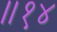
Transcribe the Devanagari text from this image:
॥१४